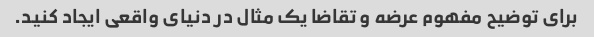
برای توضیح مفهوم عرضه و تقاضا یک مثال در دنیای واقعی ایجاد کنید.